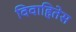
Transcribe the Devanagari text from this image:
विवाहितेस